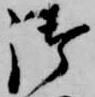
御